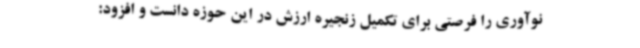
نوآوری را فرصتی برای تکمیل زنجیره ارزش در این حوزه دانست و افزود: